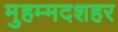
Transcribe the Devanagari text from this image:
मुहम्मदशहर